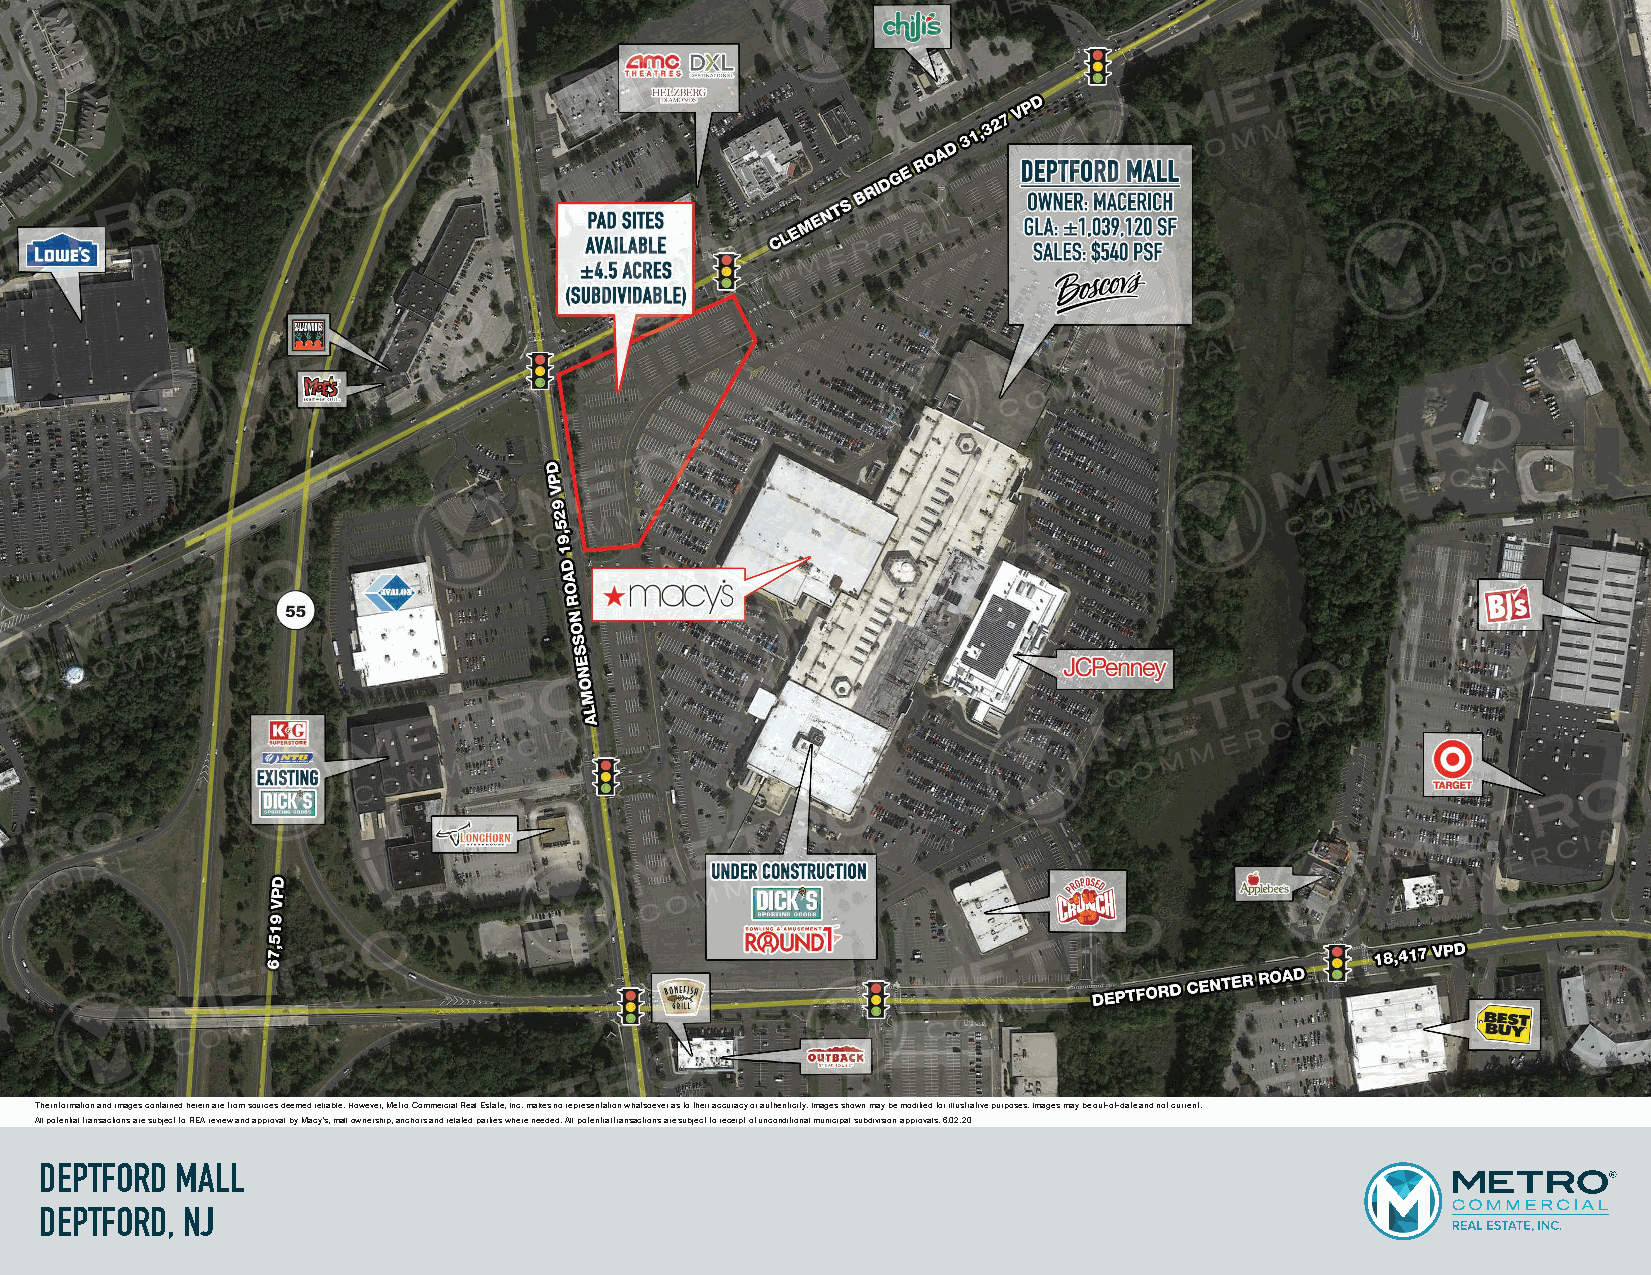
The information and images contained herein are from sources deemed reliable. However, Metro Commercial Real Estate, Inc. makes no representation whatsoever as to their accuracy or authenticity. Images shown may be modified for illustrative purposes. Images may be out-of-date and not current.
 All potential transactions are subject to REA review and approval by Macy’s, mall ownership, anchors and related parties where needed. All potential transactions are subject to receipt of unconditional municipal subdivision approvals. 6.02.20
 DEPTFORD MALL
 DEPTFORD, NJ